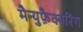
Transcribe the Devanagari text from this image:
मैन्युफ़ैक्चरिंग